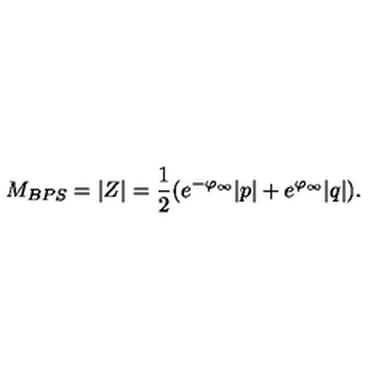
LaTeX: M _ { B P S } = | Z | = { \frac { 1 } { 2 } } ( e ^ { - \varphi _ { \infty } } | p | + e ^ { \varphi _ { \infty } } | q | ) .